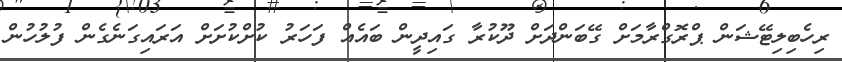
ރިހެބިލިޓޭޝަން ޕްރޮގްރާމަށް ގޭބަންދަށް ދޫކުރާ ގައިދީން ބައެއް ފަހަރު ކުށްކުށަށް އަރައިގަނެގެން ފުލުހުން